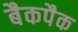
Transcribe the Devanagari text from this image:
बैकपैक